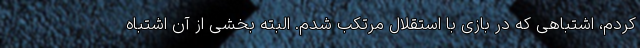
کردم، اشتباهی که در بازی با استقلال مرتکب شدم. البته بخشی از آن اشتباه